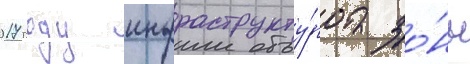
2017 году инфраструкту́ра зо́ны